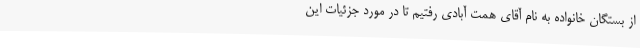
از بستگان خانواده به نام آقای همت آبادی رفتیم تا در مورد جزئیات این